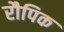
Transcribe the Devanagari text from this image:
रौपिक